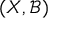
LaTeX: ( X , { \mathcal { B } } )